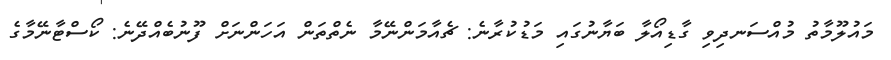
މައުލޫމާތު މުއްސަނދިވި ގާޑިއޯލާ ބަޔާނުގައި މަޑުކުރާނެ: ޗެއާމަންނޭމާ ނެތްތަން އަހަންނަށް ފޫނުބެއްދޭނެ: ކޯސްޓާނޭމާގެ